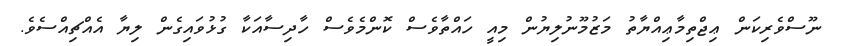
ނޫސްވެރިކަން ޢިޖްތިމާޢިއްޔާތު މަޒުމޫނުލިޔުން މިއީ ހައްތާވެސް ކޮންމެވެސް ހާދިސާއަކާ ގުޅުވައިގެން ލިޔާ އެއްޗިއްސެވެ.